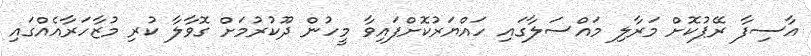
އާސިފާ ރޭޕުކޮށް މަރާލި މައްސަލާގައި ހައްޔަރުކޮށްފައިވާ މީހުން ދޫކުރުމަށް ގޮވާލާ ކުރި މުޒާހަރާއެއްގައި